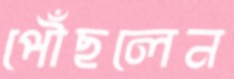
পৌঁছলেন